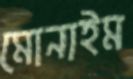
মোনাইম